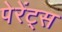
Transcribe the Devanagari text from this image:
पेरेंट्स